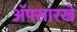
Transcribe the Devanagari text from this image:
ॲपसारखे